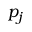
p _ { j }